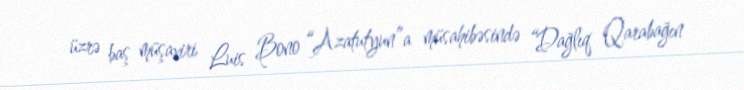
üzrə baş müşaviri Luis Bono “Azatutyun”a müsahibəsində “Dağlıq Qarabağın